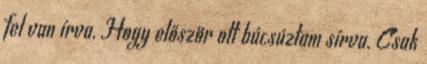
fel van írva, Hogy először ott búcsúztam sírva. Csak